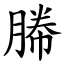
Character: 㬺